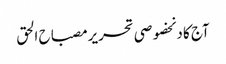
آج کا دنخصوصی تحریرمصباح الحق